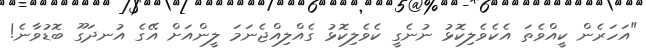
"އަހަރެން ކީއްވެތަ އެކެވެލިކޮޅު ނުނެގީ ކެވެލިކޮޅު ގެއްލިއްޖެނަމަ ލީންއަށް އޭގެ އުނދަގޫ ބޮޑުވާނެ!